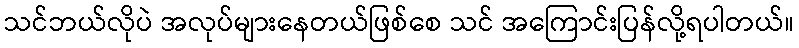
သင်ဘယ်လိုပဲ အလုပ်များနေတယ်ဖြစ်စေ သင် အကြောင်းပြန်လို့ရပါတယ်။